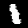
Label: 1